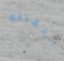
انقاذك